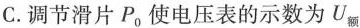
C.调节滑片P_{0}使电压表的示数为U_{额}